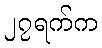
၂၇ရက်က